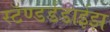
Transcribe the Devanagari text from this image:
स्टॅण्डर्डडाईझ